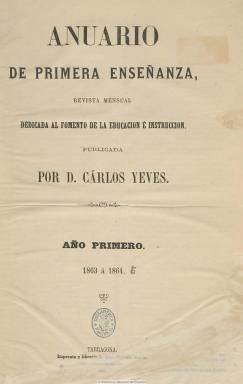
Título: Anuario de primera enseñanza (Tarragona)
Colección: Educación
Ámbito geográfico: Tarragona
Lugar de publicación: Tarragona
Fechas: 25/12/1863-25/01/1865

A pesar del inicio de su título se trata de una revista de periodicidad mensual dedicada al fomento de la educación e instrucción, tal como señala su subtítulo, que funda, dirige y es su editor responsable el pedagogo Carlos Yeves (1822-1882), profesor y director, entre los años 1859-1868, de la Escuela Normal Superior de maestros de la provincia de Tarragona. Aparece los días 25 de cada mes, a partir de noviembre de 1863, en entregas de 16 páginas, como publicación de carácter profesional. Contiene artículos teóricos y prácticos relativos a la educación y al sistema de enseñanza. Cuenta con las secciones de Administración y jurisprudencia, Calendario profesional, Crónicas general, local y extranjera, Revista del mes, Parte oficial, Variedades, Correspondencia, Escuelas vacantes y Anuncios de bibliografía sobre la materia.

Yeves (en alguna bibliografía Yebes), que había sido previamente inspector en Cuenca y Burgos y posteriormente será profesor de la Escuela de Bellas Artes y Oficios de Madrid, es autor de varias monografías sobre la materia y se le conoce como el primer formulador del sistema cíclico de la organización de la enseñanza, tal como recoge en su estudio Noguera Arrom (1988).

El último número de la colección de la BNE corresponde al 25 de enero de 1865. Pero siguió publicándose y a partir de diciembre de ese año se hizo quincenal, al tiempo que desaparece el Semanario de primera enseñanza, tras el fallecimiento de su director, Isidoro Jiménez, que era a su vez secretario de la citada Escuela Normal de Tarragona. La colección la integra un tomo con sus catorce primeros números, conteniendo el último un índice de contenidos. La publicación estuvo publicándose hasta noviembre de 1866. Según Ossorio (1903) se refundió con El monitor de primera enseñanza (Barcelona: 1859).